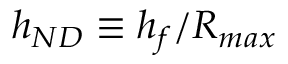
h _ { N D } \equiv { h _ { f } / { R _ { m a x } } }